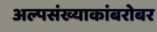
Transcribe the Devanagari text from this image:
अल्पसंख्याकांबरोबर